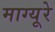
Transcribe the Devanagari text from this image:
माग्यूरे